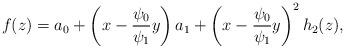
LaTeX: \begin{align*}f(z)= a_0 + \left( x - \frac{ \psi_0}{\psi_1} y \right) a_1 + \left( x - \frac{ \psi_0}{\psi_1} y \right)^2 h_2(z),\\\end{align*}